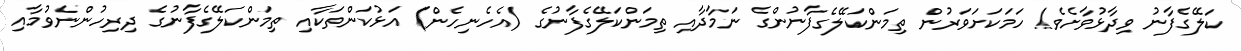
ކަލޭގެފާނު ވިދާޅުވާށެވެ! ހަމަކަށަވަރުން ތިމަންކަލޭގެފާނުންގެ ނަމާދާއި ތިމަންކަލޭގެފާނުގެ (އެހެނިހެން) އަޅުކަންތަކާއި ތިމަންކަލޭގެފާނުގެ ދިރިހުންނެވުމާއި